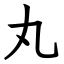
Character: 丸